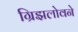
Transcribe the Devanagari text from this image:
ग्रिझलोवने